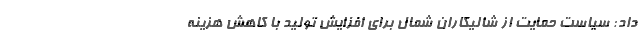
داد: سیاست حمایت از شالیکاران شمال برای افزایش تولید با کاهش هزینه